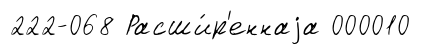
222-068 Расши́р'еннаjа 000010